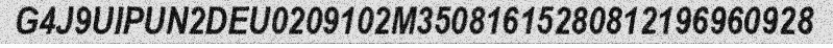
G4J9UIPUN2DEU0209102M35081615280812196960928